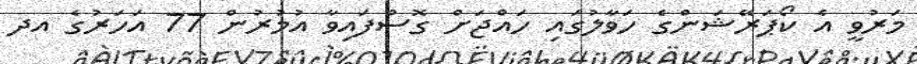
މަރުވީ އެ ކޯޕަރޭޝަންގެ ހަވާލުގައި ހައްޖަށް ގޮސްފައިވާ އުމުރުން 77 އަހަރުގެ އދ